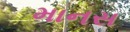
માનસ